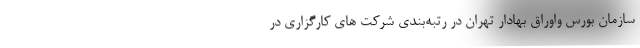
سازمان بورس واوراق بهادار تهران در رتبه‌بندی شرکت های کارگزاری در